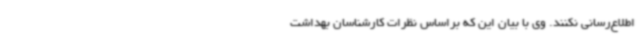
اطلاع‌رسانی نکنند. وی با بیان این که براساس نظرات کارشناسان بهداشت